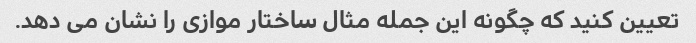
تعیین کنید که چگونه این جمله مثال ساختار موازی را نشان می دهد.